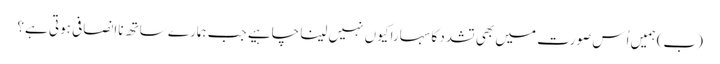
‏ (‏ب)‏ ہمیں اُس صورت میں بھی تشدد کا سہارا کیوں نہیں لینا چاہیے جب ہمارے ساتھ نااِنصافی ہوتی ہے؟